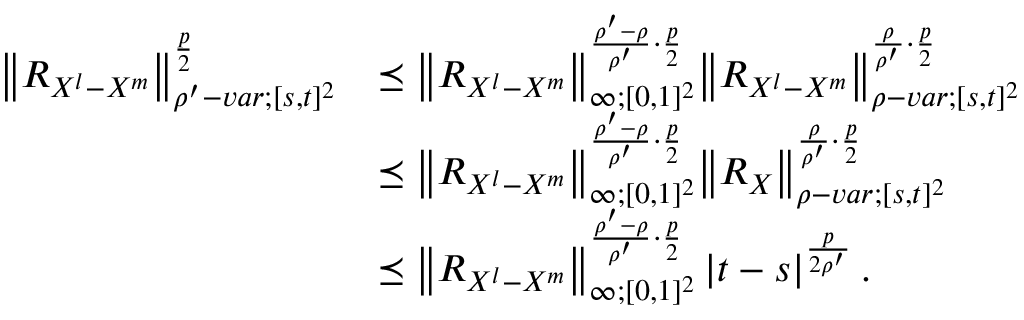
\begin{array} { r l } { { \left\lVert { R _ { X ^ { l } - X ^ { m } } } \right\rVert } _ { \rho ^ { \prime } - v a r ; [ s , t ] ^ { 2 } } ^ { \frac { p } { 2 } } } & { \preceq { \left\lVert { R _ { X ^ { l } - X ^ { m } } } \right\rVert } _ { \infty ; [ 0 , 1 ] ^ { 2 } } ^ { \frac { \rho ^ { \prime } - \rho } { \rho ^ { \prime } } \cdot \frac { p } { 2 } } { \left\lVert { R _ { X ^ { l } - X ^ { m } } } \right\rVert } _ { \rho - v a r ; [ s , t ] ^ { 2 } } ^ { \frac { \rho } { \rho ^ { \prime } } \cdot \frac { p } { 2 } } } \\ & { \preceq { \left\lVert { R _ { X ^ { l } - X ^ { m } } } \right\rVert } _ { \infty ; [ 0 , 1 ] ^ { 2 } } ^ { \frac { \rho ^ { \prime } - \rho } { \rho ^ { \prime } } \cdot \frac { p } { 2 } } { \left\lVert { R _ { X } } \right\rVert } _ { \rho - v a r ; [ s , t ] ^ { 2 } } ^ { \frac { \rho } { \rho ^ { \prime } } \cdot \frac { p } { 2 } } } \\ & { \preceq { \left\lVert { R _ { X ^ { l } - X ^ { m } } } \right\rVert } _ { \infty ; [ 0 , 1 ] ^ { 2 } } ^ { \frac { \rho ^ { \prime } - \rho } { \rho ^ { \prime } } \cdot \frac { p } { 2 } } \left| t - s \right| ^ { \frac { p } { 2 \rho ^ { \prime } } } . } \end{array}